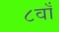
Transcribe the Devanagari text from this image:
८वाँ